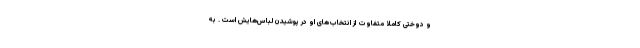
و دوختی کاملا متفاوت از انتخاب‌های او در پوشیدن لباس‌هایش است . به